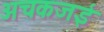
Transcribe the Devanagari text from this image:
अचकजई